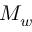
M _ { w }